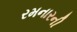
રમનારની